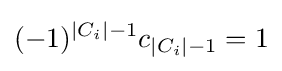
(-1)^{|C_{i}|-1}c_{|C_{i}|-1}=1